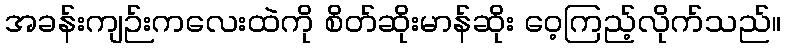
အခန်းကျဉ်းကလေးထဲကို စိတ်ဆိုးမာန်ဆိုး ဝေ့ကြည့်လိုက်သည်။